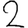
Digit: 2